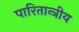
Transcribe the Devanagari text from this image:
पारितान्त्रीय